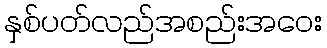
နှစ်ပတ်လည်အစည်းအဝေး